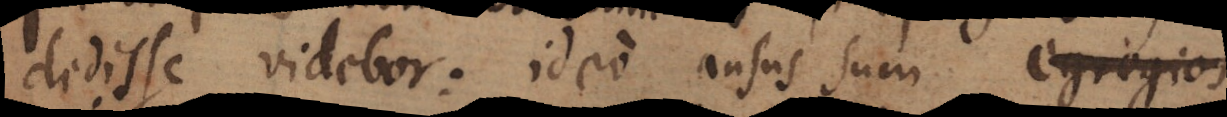
dedisse videbor: ideo ausus sum egregios